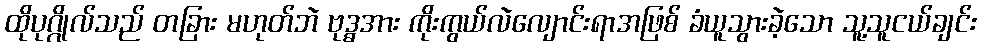
ထိုပုဂ္ဂိုလ်သည် တခြား မဟုတ်ဘဲ ဗုဒ္ဓအား ကိုးကွယ်လဲလျောင်းရာအဖြစ် ခံယူသွားခဲ့သော သူ့သူငယ်ချင်း